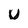
Character: U